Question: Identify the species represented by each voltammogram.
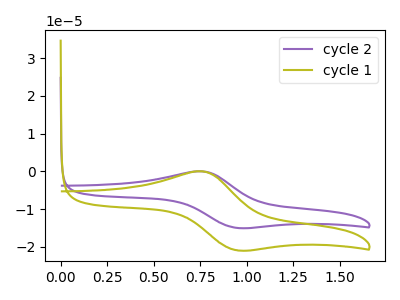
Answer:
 <answer>The purple curve is labeled "cycle 2". The olive curve is labeled "cycle 1".</answer>
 <eval></eval>